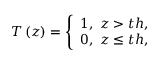
T \left( z \right) = \left\{ \begin{array} { r } { 1 , \ z > t h , } \\ { 0 , \ z \leq t h , } \end{array} \right.